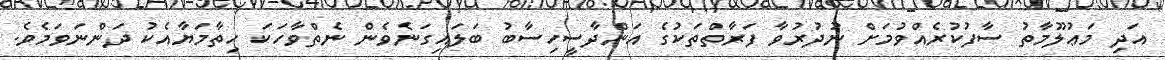
އަދި މަޢުލޫމާތު ސާފުކުރެއްވުމަށް ނުދުރުވާ ފަރާތްތަކުގެ އަންދާސީހިސާބު ބަލައިގަނެވެން ނެތްވާހަކަ ހިތާމަޔާއެކު ދަންނަވަމެވެ.